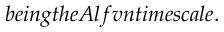
b e i n g t h e A l f v \` e n t i m e s c a l e .